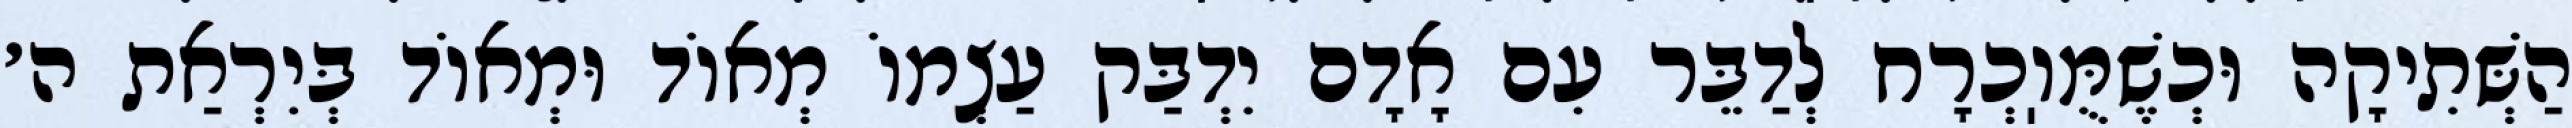
הַשְּׁתִיקָה וּכְשֶׁמֻּוֽכְרָח לְדַבֵּר עִם אָדָם יִדְבַּק עַצְמוֹ מְאוֹד וּמְאוֹד בְּיִרְאַת ה׳